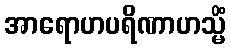
အာရောဟပရိဏာဟသ္မိံ